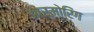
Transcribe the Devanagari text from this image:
आर्मोरिंग